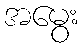
အမွေး